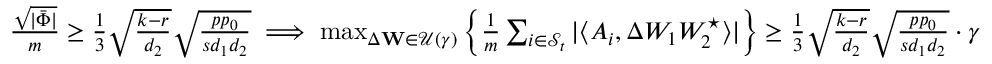
\begin{array} { r } { \frac { \sqrt { | \bar { \Phi } | } } { m } \geq \frac { 1 } { 3 } \sqrt { \frac { k - r } { d _ { 2 } } } \sqrt { \frac { p p _ { 0 } } { s d _ { 1 } d _ { 2 } } } \implies \operatorname* { m a x } _ { \Delta \mathbf { W } \in \mathcal { U } ( \gamma ) } \left\{ \frac { 1 } { m } \sum _ { i \in { \mathcal { S } _ { t } } } | \langle A _ { i } , \Delta W _ { 1 } W _ { 2 } ^ { \star } \rangle | \right\} \geq \frac { 1 } { 3 } \sqrt { \frac { k - r } { d _ { 2 } } } \sqrt { \frac { p p _ { 0 } } { s d _ { 1 } d _ { 2 } } } \cdot \gamma } \end{array}